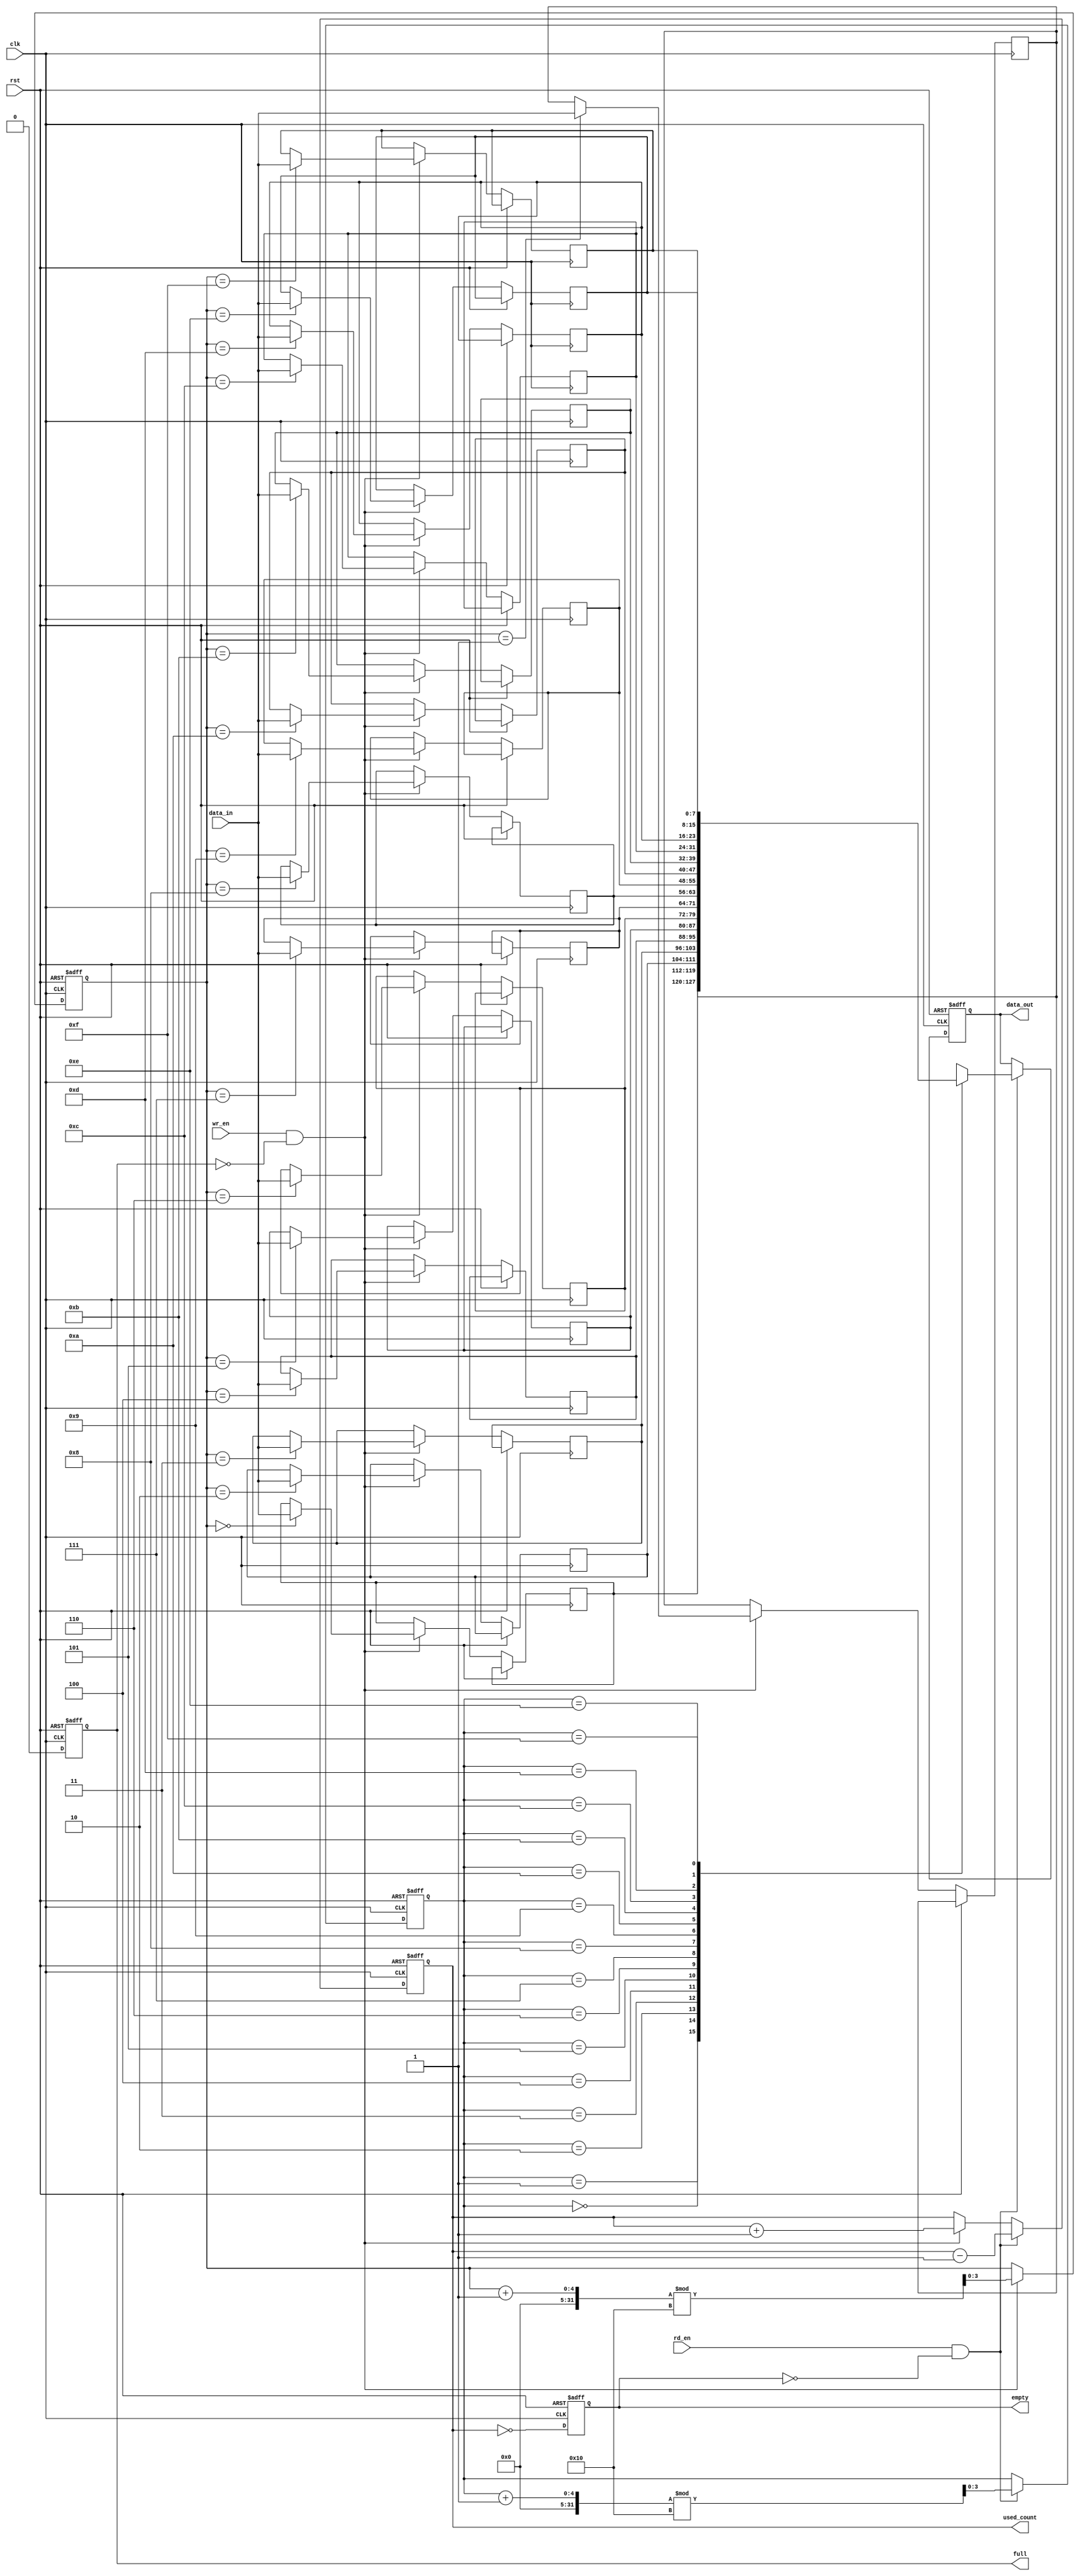
module parameterized_fifo #(
    parameter DEPTH = 16,  // Number of entries (must be a power of 2)
    parameter WIDTH = 8    // Width of each entry in bits
)(
    input wire clk,                // Clock signal
    input wire rst,                // Reset signal
    input wire wr_en,              // Write enable
    input wire rd_en,              // Read enable
    input wire [WIDTH-1:0] data_in, // Input data
    output reg [WIDTH-1:0] data_out, // Output data
    output reg full,              // FIFO full flag
    output reg empty,             // FIFO empty flag
    output reg [clog2(DEPTH)-1:0] used_count // Number of entries used
);

    // Memory array for FIFO
    reg [WIDTH-1:0] fifo_mem [0:DEPTH-1];
    reg [clog2(DEPTH)-1:0] read_ptr;  // Read pointer
    reg [clog2(DEPTH)-1:0] write_ptr; // Write pointer

    // Function to calculate log base 2
    function integer clog2;
        input integer value;
        integer i;
        begin
            clog2 = 0;
            for (i = 0; (2**i) < value; i = i + 1) begin
                clog2 = i + 1;
            end
        end
    endfunction

    // Synchronous reset and FIFO operations
    always @(posedge clk or posedge rst) begin
        if (rst) begin
            read_ptr <= 0;
            write_ptr <= 0;
            used_count <= 0;
            full <= 0;
            empty <= 1;
            data_out <= 0;
        end else begin
            // Write operation
            if (wr_en && !full) begin
                fifo_mem[write_ptr] <= data_in;
                write_ptr <= (write_ptr + 1) % DEPTH;
                used_count <= used_count + 1;
            end

            // Read operation
            if (rd_en && !empty) begin
                data_out <= fifo_mem[read_ptr];
                read_ptr <= (read_ptr + 1) % DEPTH;
                used_count <= used_count - 1;
            end

            // Update full and empty flags
            full <= (used_count == DEPTH);
            empty <= (used_count == 0);
        end
    end

endmodule